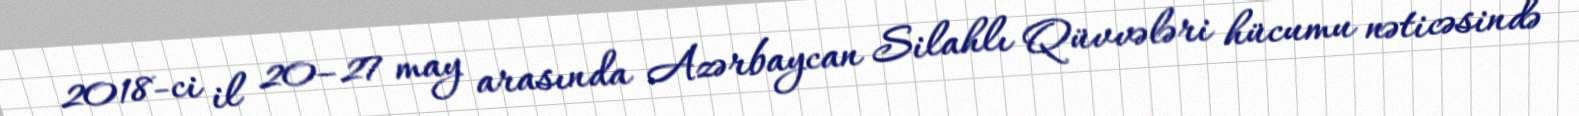
2018-ci il 20–27 may arasında Azərbaycan Silahlı Qüvvələri hücumu nəticəsində